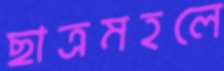
ছাত্রমহলে